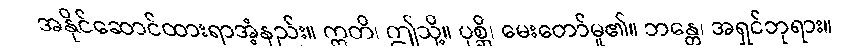
အနိုင်ဆောင်ထားရာအံ့နည်း။ ဣတိ၊ ဤသို့။ ပုစ္ဆိ၊ မေးတော်မူ၏။ ဘန္တေ၊ အရှင်ဘုရား။